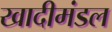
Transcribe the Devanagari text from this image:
खादीमंडल